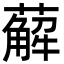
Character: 薢